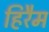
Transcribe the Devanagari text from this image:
हिरैम